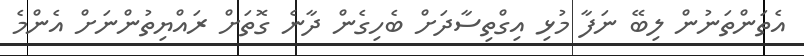
އެތަންތަނުން ލިބޭ ނަފާ މުޅި އިގްތިސާދަށް ބެހިގެން ދާނެ ގޮތަށް ރައްޔިތުންނަށް އެންމެ